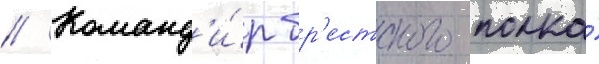
// Команд'и́р бр'естского полка́